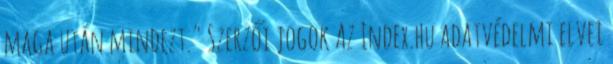
maga után mindezt." Szerzői jogok Az Index.hu adatvédelmi elvei